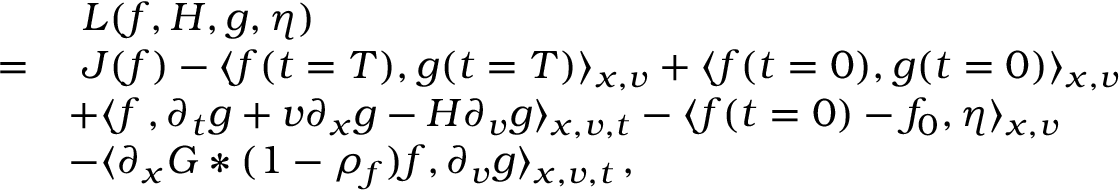
\begin{array} { r l } & { \, \, L ( f , H , g , \eta ) } \\ { = } & { \, \, J ( f ) - \langle f ( t = T ) , g ( t = T ) \rangle _ { x , v } + \langle f ( t = 0 ) , g ( t = 0 ) \rangle _ { x , v } } \\ & { + \langle f \, , \partial _ { t } g + v \partial _ { x } g - H \partial _ { v } g \rangle _ { x , v , t } - \langle f ( t = 0 ) - f _ { 0 } , \eta \rangle _ { x , v } } \\ & { - \langle \partial _ { x } G \ast ( 1 - \rho _ { f } ) f , \partial _ { v } g \rangle _ { x , v , t } \, , } \end{array}